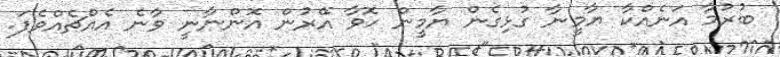
ބުރުމާ އަނެއްކާ ޔާމީނާ ގުޅިގެން ޔާމީން ހޮވާ އޭރުން އޮންނާނީ ވާނެ އެއްޗެއްވެފަ.